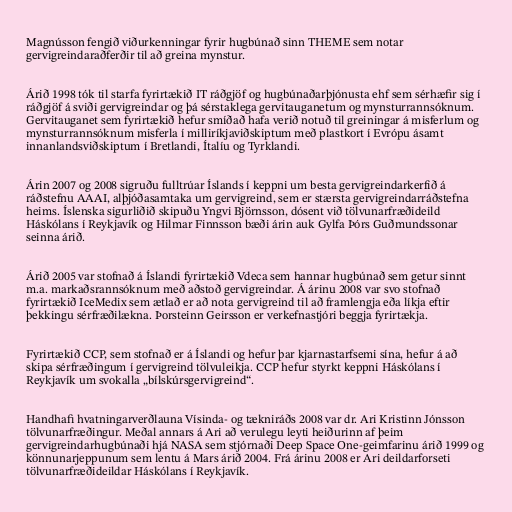
Magnússon fengið viðurkenningar fyrir hugbúnað sinn THEME sem notar
gervigreindaraðferðir til að greina mynstur.

Árið 1998 tók til starfa fyrirtækið IT ráðgjöf og hugbúnaðarþjónusta ehf sem sérhæfir sig í
ráðgjöf á sviði gervigreindar og þá sérstaklega gervitauganetum og mynsturrannsóknum.
Gervitauganet sem fyrirtækið hefur smíðað hafa verið notuð til greiningar á misferlum og
mynsturrannsóknum misferla í milliríkjaviðskiptum með plastkort í Evrópu ásamt
innanlandsviðskiptum í Bretlandi, Ítalíu og Tyrklandi.

Árin 2007 og 2008 sigruðu fulltrúar Íslands í keppni um besta gervigreindarkerfið á
ráðstefnu AAAI, alþjóðasamtaka um gervigreind, sem er stærsta gervigreindarráðstefna
heims. Íslenska sigurliðið skipuðu Yngvi Björnsson, dósent við tölvunarfræðideild
Háskólans í Reykjavík og Hilmar Finnsson bæði árin auk Gylfa Þórs Guðmundssonar
seinna árið.

Árið 2005 var stofnað á Íslandi fyrirtækið Vdeca sem hannar hugbúnað sem getur sinnt
m.a. markaðsrannsóknum með aðstoð gervigreindar. Á árinu 2008 var svo stofnað
fyrirtækið IceMedix sem ætlað er að nota gervigreind til að framlengja eða líkja eftir
þekkingu sérfræðilækna. Þorsteinn Geirsson er verkefnastjóri beggja fyrirtækja.

Fyrirtækið CCP, sem stofnað er á Íslandi og hefur þar kjarnastarfsemi sína, hefur á að
skipa sérfræðingum í gervigreind tölvuleikja. CCP hefur styrkt keppni Háskólans í
Reykjavík um svokalla „bílskúrsgervigreind“.

Handhafi hvatningarverðlauna Vísinda- og tækniráðs 2008 var dr. Ari Kristinn Jónsson
tölvunarfræðingur. Meðal annars á Ari að verulegu leyti heiðurinn af þeim
gervigreindarhugbúnaði hjá NASA sem stjórnaði Deep Space One-geimfarinu árið 1999 og
könnunarjeppunum sem lentu á Mars árið 2004. Frá árinu 2008 er Ari deildarforseti
tölvunarfræðideildar Háskólans í Reykjavík.